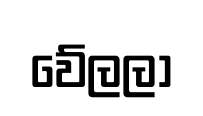
වේලලා